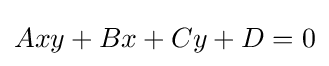
Axy+Bx+Cy+D=0